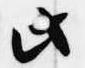
此